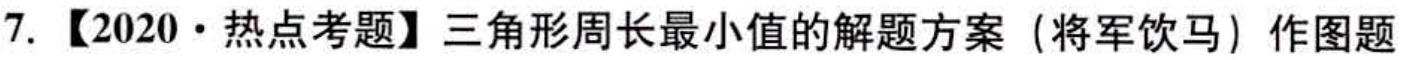
7. 【2020·热点考题】三角形周长最小值的解题方案（将军饮马）作图题